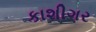
કાશીગર